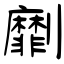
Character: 劘